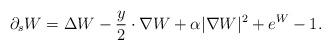
LaTeX: \begin{align*}\partial_sW = \Delta W - \frac{y}{2}\cdot \nabla W + \alpha|\nabla W|^2 + e^W - 1.\end{align*}